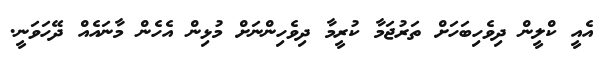
އެއީ ކްލީން ދިވެހިބަހަށް ތަރުޖަމާ ކުރީމާ ދިވެހިންނަށް މުޅިން އެހެން މާނައެއް ދޭހަވަނީ.